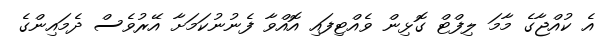
އެ ކުއްޖާގެ މާމަ ލިފްޓް ގޮޅިން ވެއްޓިފައި އޮއްވާ ފެނުނުކަމަށާ އޭރުވެސް ދެމައިންގެ